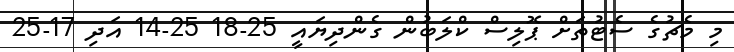
މި މެޗުގެ ސެޓުތަށް ޕޮލިސް ކްލަބުން ގެންދިޔައީ 25-18 25-14 އަދި 17-25